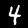
Label: 4